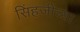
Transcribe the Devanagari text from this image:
सिंहजींच्या